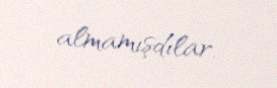
almamışdılar.